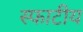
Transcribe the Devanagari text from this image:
स्फाटीय